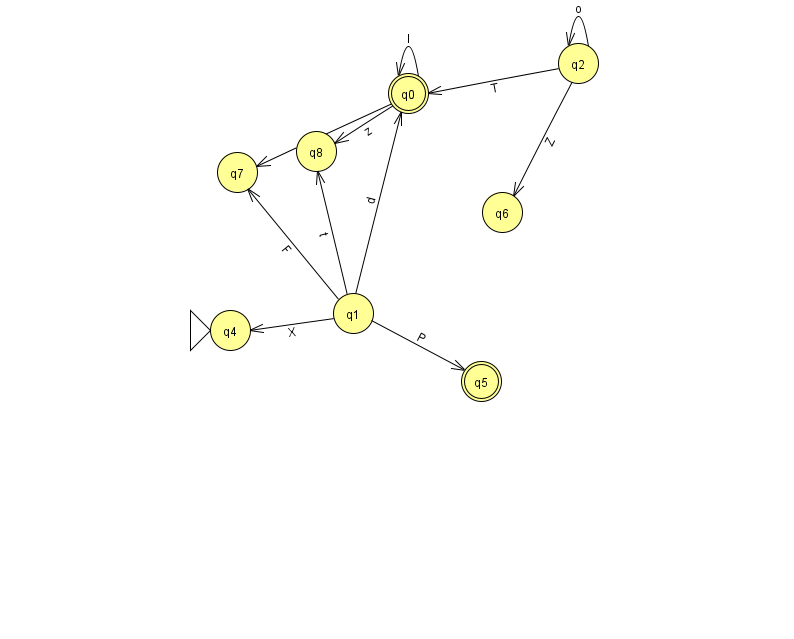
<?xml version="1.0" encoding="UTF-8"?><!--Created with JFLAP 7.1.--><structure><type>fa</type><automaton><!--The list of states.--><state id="0" name="q0"><x>408.0</x><y>80.0</y><final/></state><state id="1" name="q1"><x>353.0</x><y>300.0</y></state><state id="2" name="q2"><x>578.0</x><y>50.0</y></state><state id="4" name="q4"><x>230.0</x><y>317.0</y><initial/></state><state id="5" name="q5"><x>481.0</x><y>368.0</y><final/></state><state id="6" name="q6"><x>502.0</x><y>199.0</y></state><state id="7" name="q7"><x>237.0</x><y>159.0</y></state><state id="8" name="q8"><x>316.0</x><y>138.0</y></state><!--The list of transitions.--><transition><from>0</from><to>8</to><read>z</read></transition><transition><from>1</from><to>0</to><read>d</read></transition><transition><from>1</from><to>7</to><read>F</read></transition><transition><from>0</from><to>0</to><read>I</read></transition><transition><from>1</from><to>4</to><read>X</read></transition><transition><from>2</from><to>6</to><read>Z</read></transition><transition><from>0</from><to>7</to><read>J</read></transition><transition><from>1</from><to>8</to><read>t</read></transition><transition><from>1</from><to>5</to><read>P</read></transition><transition><from>2</from><to>0</to><read>T</read></transition><transition><from>2</from><to>2</to><read>o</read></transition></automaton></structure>